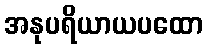
အနုပရိယာယပထော